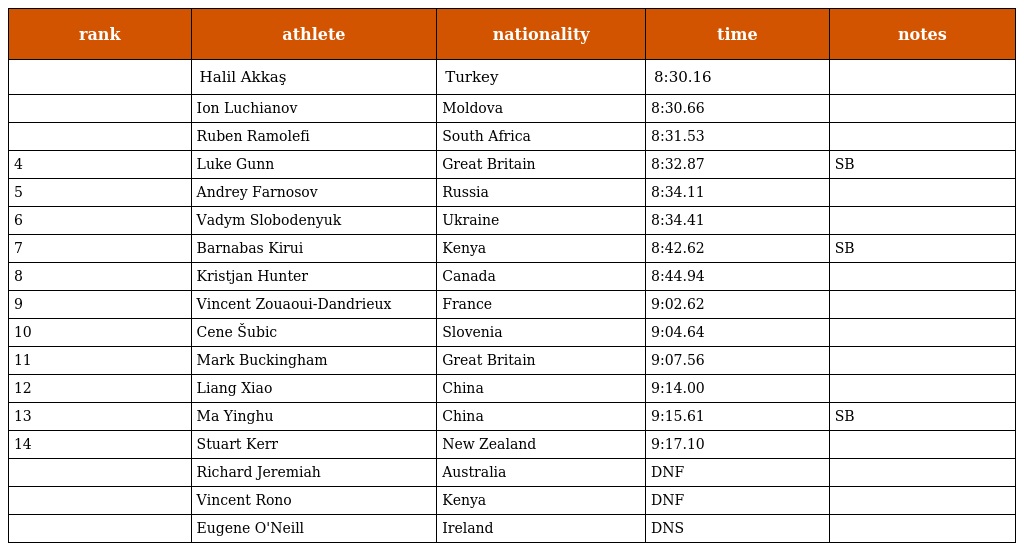
| rank | athlete | nationality | time | notes |
 | --- | --- | --- | --- | --- |
 |  | Halil Akkaş | Turkey | 8:30.16 |  |
 |  | Ion Luchianov | Moldova | 8:30.66 |  |
 |  | Ruben Ramolefi | South Africa | 8:31.53 |  |
 | 4 | Luke Gunn | Great Britain | 8:32.87 | SB |
 | 5 | Andrey Farnosov | Russia | 8:34.11 |  |
 | 6 | Vadym Slobodenyuk | Ukraine | 8:34.41 |  |
 | 7 | Barnabas Kirui | Kenya | 8:42.62 | SB |
 | 8 | Kristjan Hunter | Canada | 8:44.94 |  |
 | 9 | Vincent Zouaoui-Dandrieux | France | 9:02.62 |  |
 | 10 | Cene Šubic | Slovenia | 9:04.64 |  |
 | 11 | Mark Buckingham | Great Britain | 9:07.56 |  |
 | 12 | Liang Xiao | China | 9:14.00 |  |
 | 13 | Ma Yinghu | China | 9:15.61 | SB |
 | 14 | Stuart Kerr | New Zealand | 9:17.10 |  |
 |  | Richard Jeremiah | Australia | DNF |  |
 |  | Vincent Rono | Kenya | DNF |  |
 |  | Eugene O'Neill | Ireland | DNS |  |